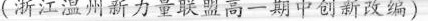
(浙江温州新力量联盟高一期中创新改编)